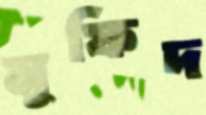
মুফিদ